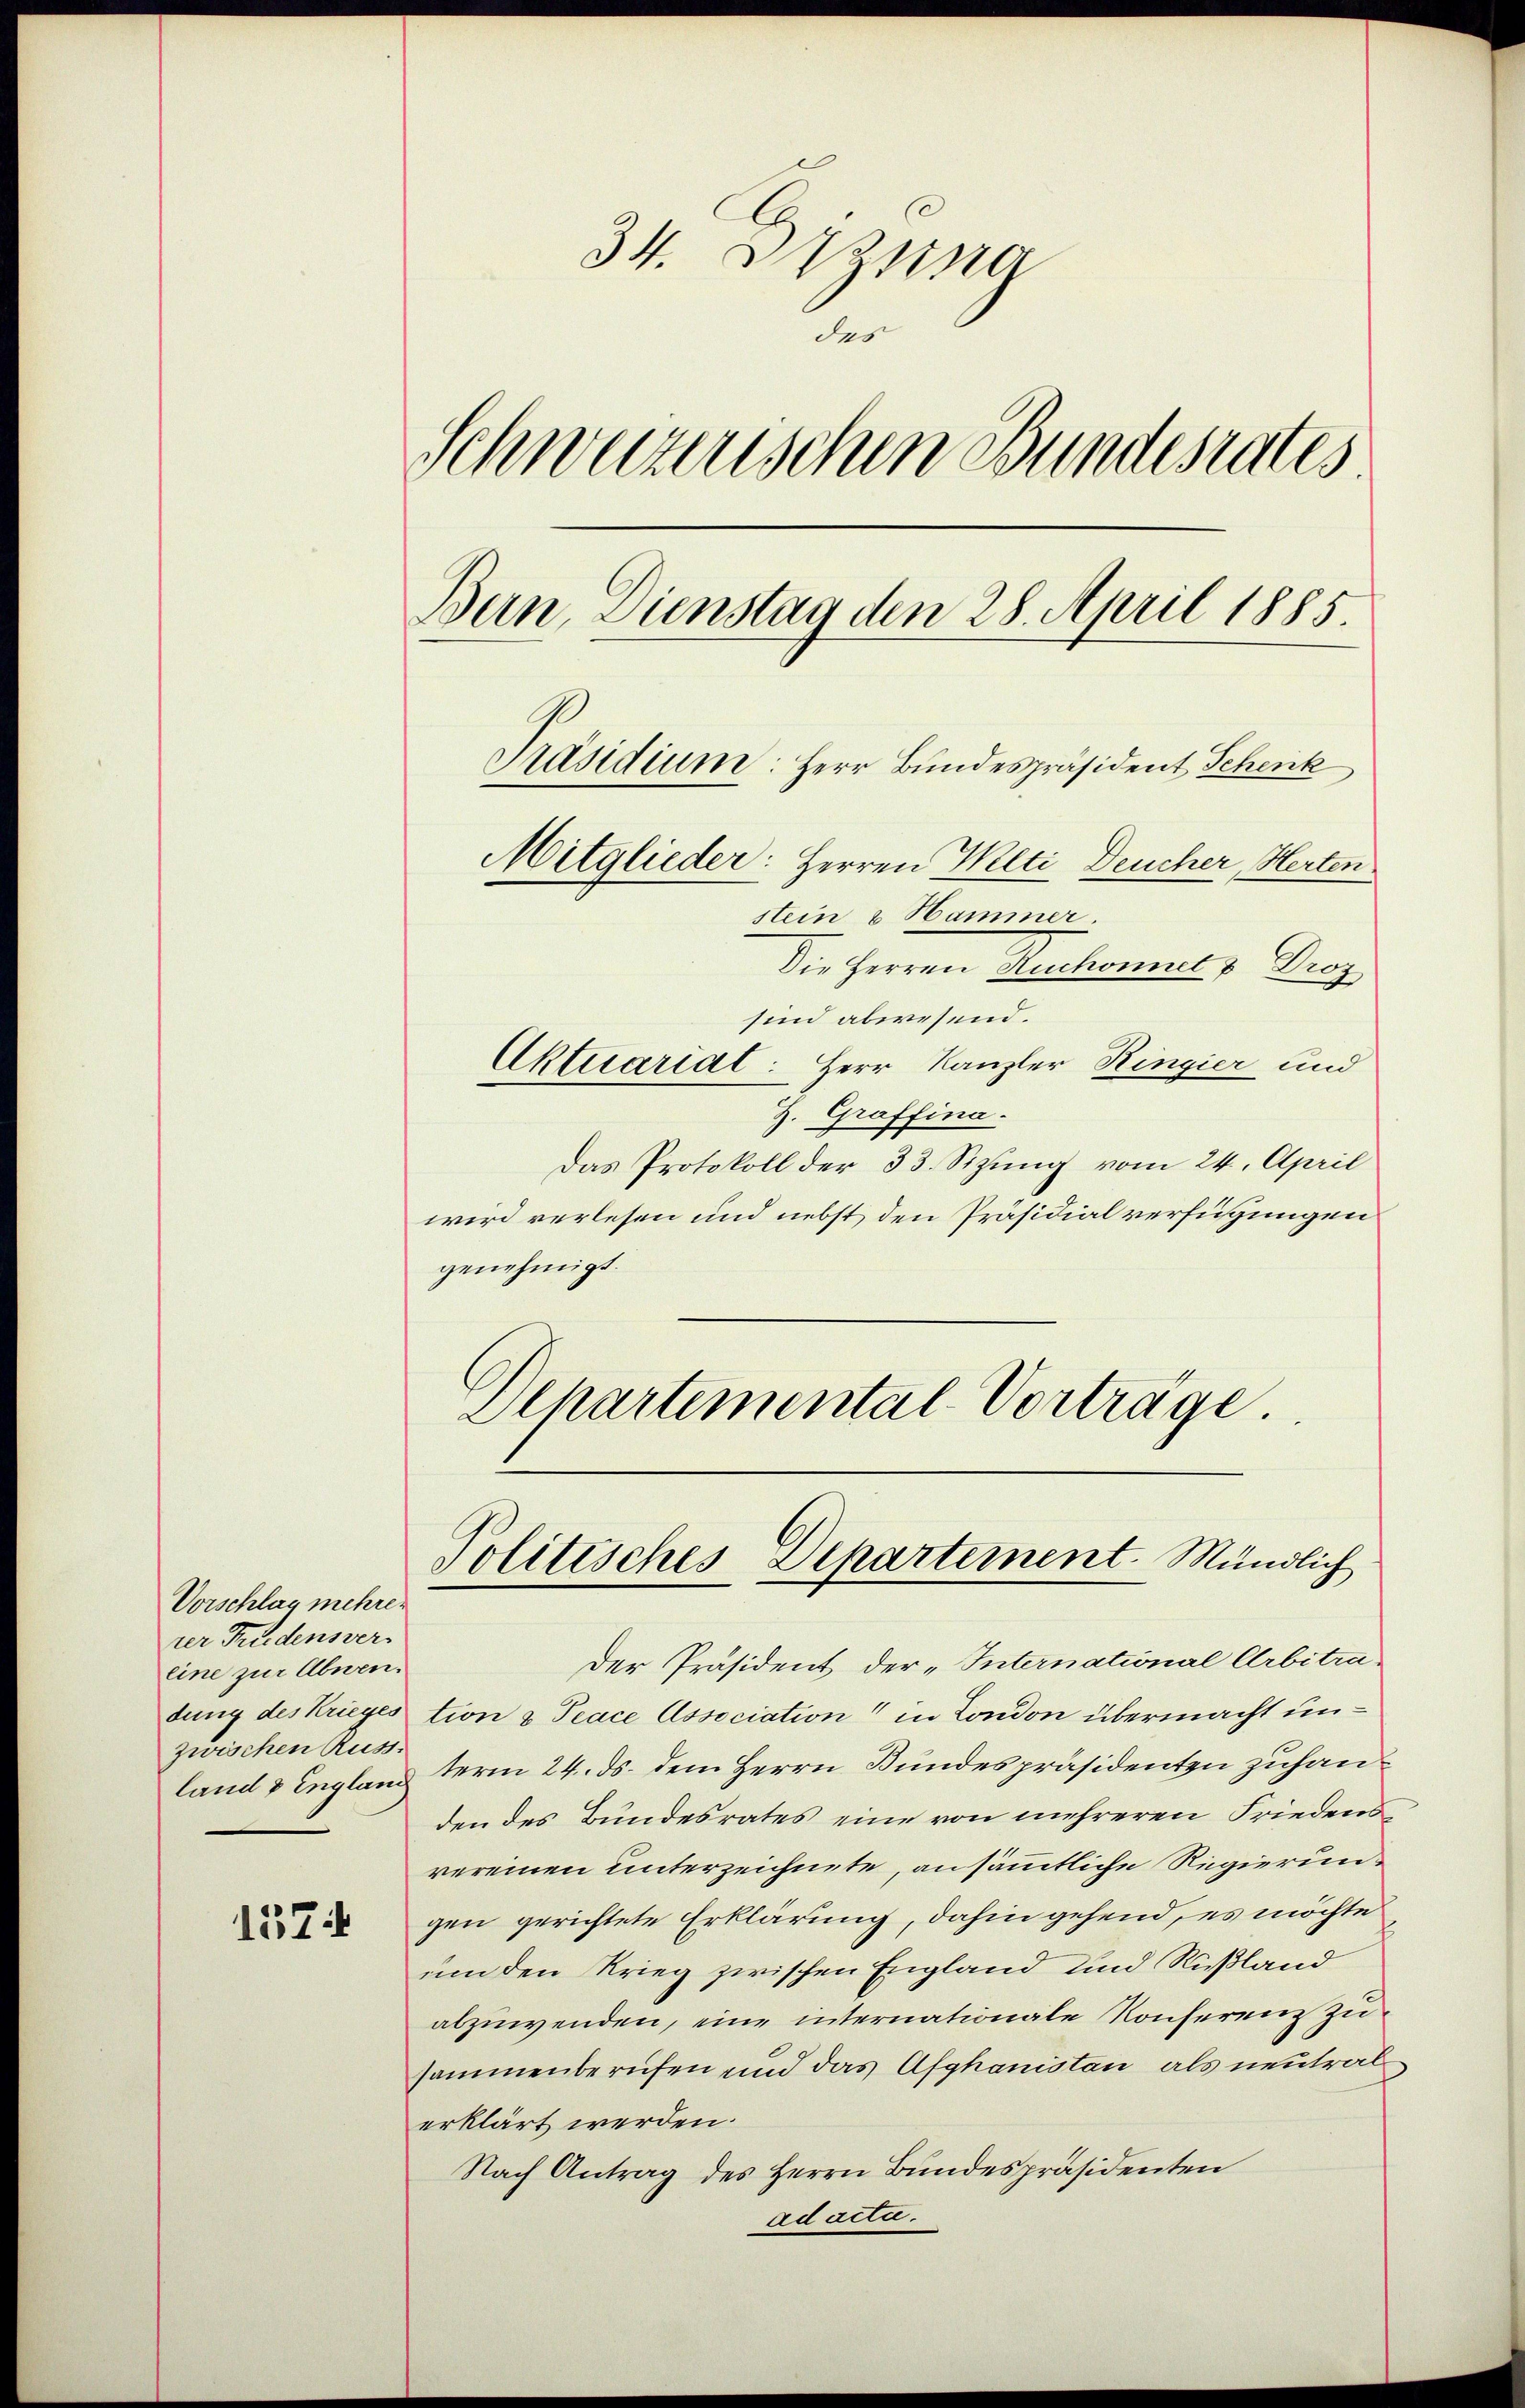
Vorschlag mehrer
rer Friedensvereine zur Abnen.
dung des Krieges
zwischen Russ.
land & Englan

1374

34. Ding
des
Schweizerischen Bundesrates.
Bern, Dienstag den 28. April 1885.
Präsidium: Herr Bundespräsident Schenk
Mitglieder: Herren Welti Deucher, Herten
stein & Hammer.
Die Herren Neukommel & Droz
sind abwesend.
Aktuariat. Herr Kanzler Ringier und

Z. Graffina.
Das Protokoll der 33. Sizung vom 24. April
wird verlesen und nebst den Präsidialverfügungen
genehmigt.
Dchartemental-Vorträge

Der Präsident der „International Arbitration & Peace Association in London übermacht unterm 24. ds. dem Herrn Bundespräsidenten zuhanden des Bundesrates eine von mehreren Friedensvereinen unterzeichnete, ansämmtliche Regierungen gerichtete Erklärung, dahin gehend, es möchte
um den Krieg zwischen England und Rußland
abzuwenden, eine internationale Konferenz zu
sammenberufen und das Afyhanisten als neutral
erklärt werden.
Nach Antrag des Herrn Bundespräsidenten
ad acte.

Politisches Departement. Mündlich